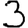
Digit: 3